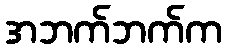
အဘက်ဘက်က